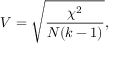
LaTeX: V = { \sqrt { \frac { \chi ^ { 2 } } { N ( k - 1 ) } } } ,